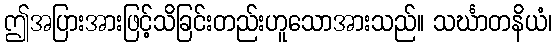
ဤအပြားအားဖြင့်သိခြင်းတည်းဟူသောအားသည်။ သင်္ဃာတနိယံ၊